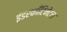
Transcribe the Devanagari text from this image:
इंडरकाँटिनेंटल